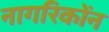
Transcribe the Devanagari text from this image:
नागरिकोंन